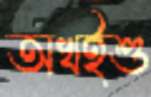
অখইশু